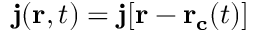
\mathbf { j } ( \mathbf { r } , t ) = \mathbf { j } [ \mathbf { r } - \mathbf { r _ { c } } ( t ) ]